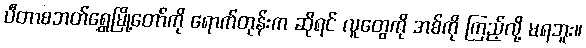
ပီတာစဘတ်ရွှေမြို့တော်ကို ရောက်တုန်းက ဆိုရင် လူတွေကို အစ်ကို ကြည့်လို့ မရဘူး။